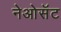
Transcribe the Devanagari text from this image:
नेओसॅट